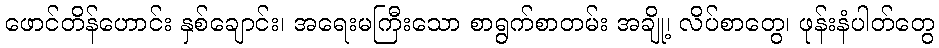
ဖောင်တိန်ဟောင်း နှစ်ချောင်း၊ အရေးမကြီးသော စာရွက်စာတမ်း အချို့၊ လိပ်စာတွေ၊ ဖုန်းနံပါတ်တွေ